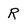
Character: R